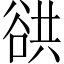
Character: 谼